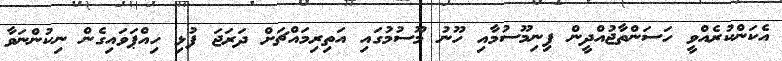
އެކަންކުރެއްވީ ހަސަންތާޖުއްދީން ފިނިމޫސުމާއި ހޫނު މޫސުމުގައި އަތިރިމައްޗަށް ދަރަޖަ ފުޅި ހިއްޕަވައިގެން ނިކުންނަވާ